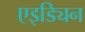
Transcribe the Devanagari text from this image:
एइड्यिन